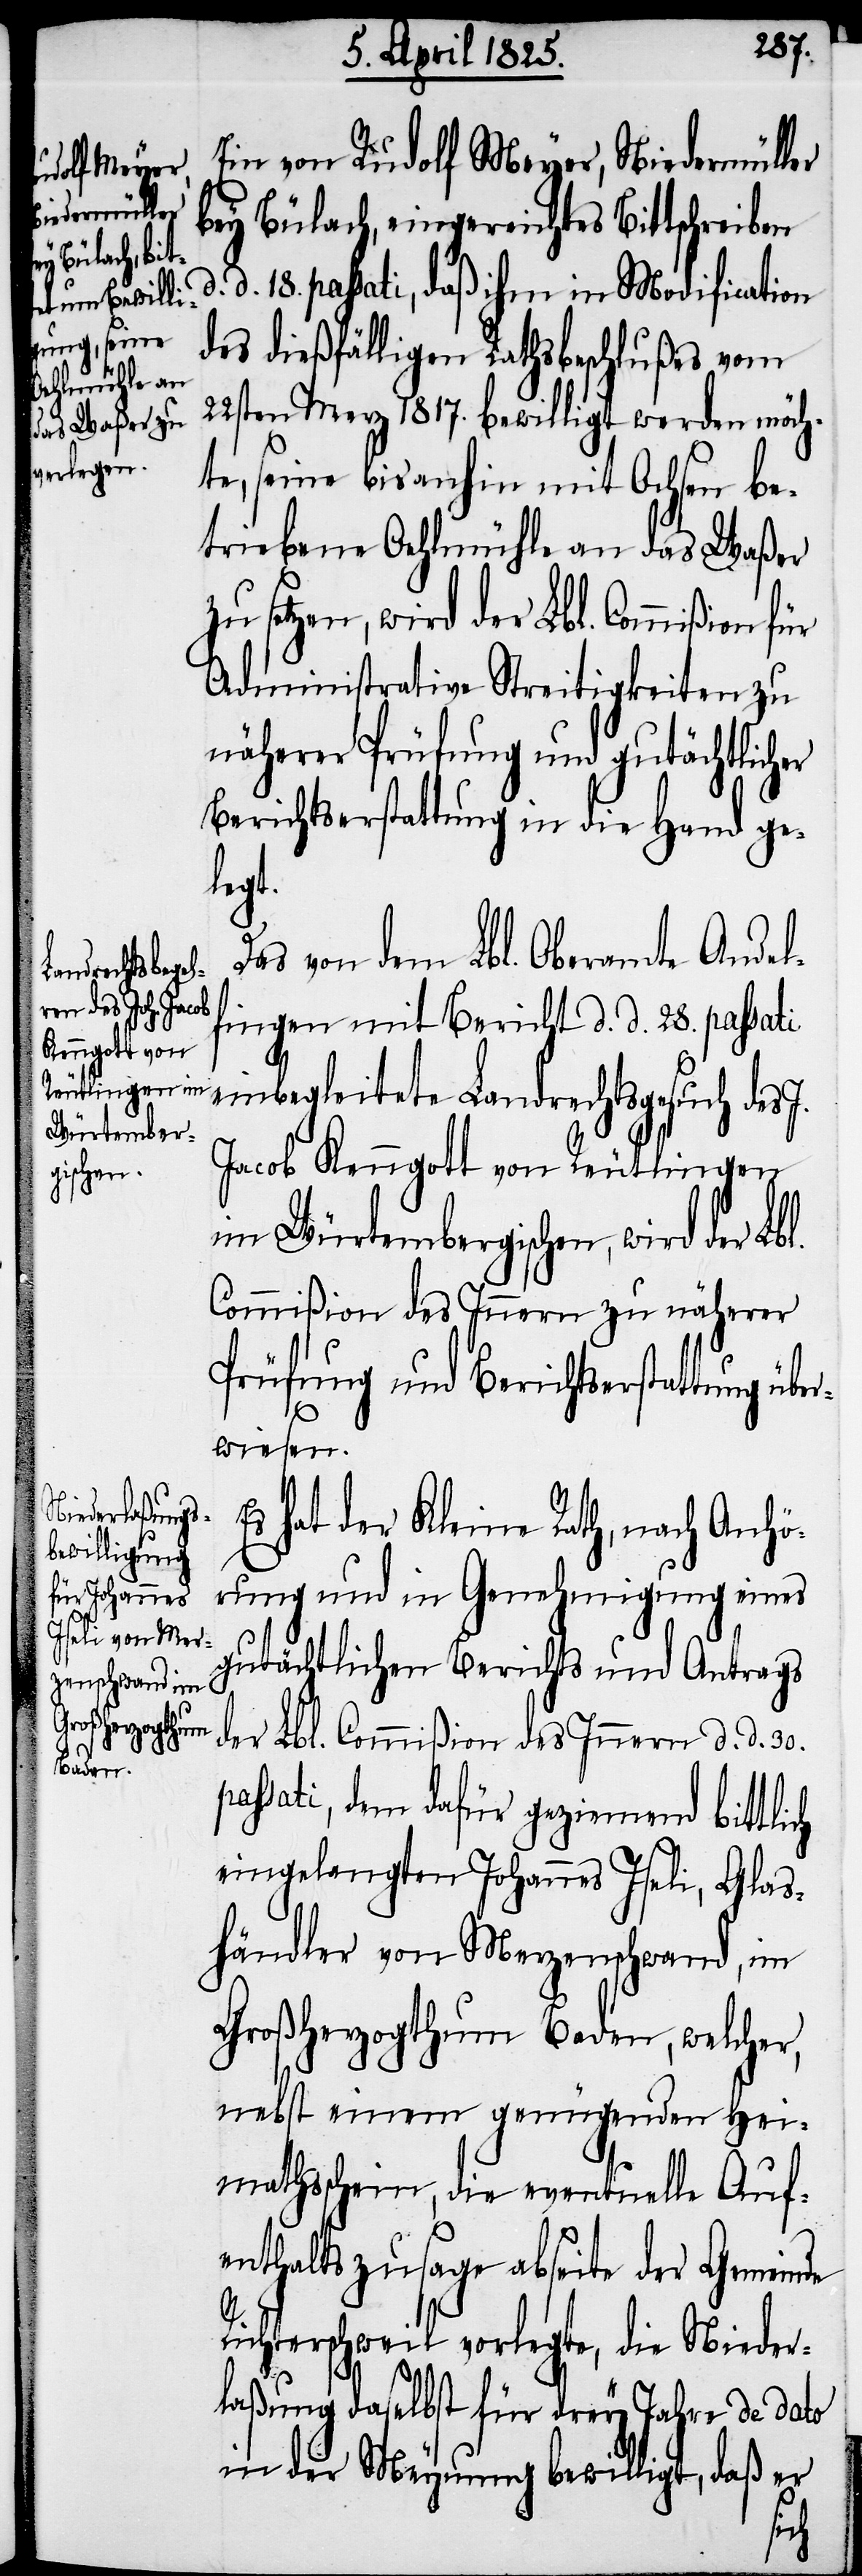
Ein von Rudolf Meyer, Niedermüller
bey Bülach, eingereichtes Bittschreiben
d. 18. passati, daß ihm in Modification
des dießfälligen Rathsbeschlußes vom
22sten Merz 1817. bewilligt werden möch¬
te, seine bis anhin mit Ochsen be¬
triebene Oehlmühle an das Waßer
zu setzen, wird der Lbl. Commißion für
Administrative Streitigkeiten zu
näherer Prüfung und gutächtlicher
Berichtserstattung in die Hand ge¬
legt.
Das von dem Lbl. Oberamte Andelf¬
ingen mit Bericht d. d. 28. passati
einbegleitete Landrechtsgesuch des
Jacob Kenngott von Reutlingen
im Würtembergischen, wird der Lbl.
Commißion des Innern zu näherer
Prüfung und Berichtserstattung übe¬
rwiesen.
hat der Kleine Rath, nach Anhö¬
rung und in Genehmigung eines
gutächtlichen Berichts und Antrags
der Lbl. Commißion des Innern d. d. 30.
passati, dem dafür geziemend bittlich
eingelangten Johannes Iseli, Glas¬
händler von Merzenschwand, im
Großherzogthum Baden, welcher,
nebst einem genügenden Hei¬
mathsschein, die eventuelle Auf¬
enthaltszusage abseite der Gemeinde
chterschweil vorlegte, die Nieder¬
laßung daselbst für drey Jahre de dato
in der Meynung bewilligt, daß er
Ri¬